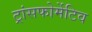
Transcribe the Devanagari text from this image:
ट्रांसफोर्मेटिव